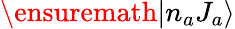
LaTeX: \ensuremath{|n_{a}J_{a}\rangle}